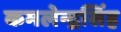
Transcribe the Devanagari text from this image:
कमलेन्द्रसिंह